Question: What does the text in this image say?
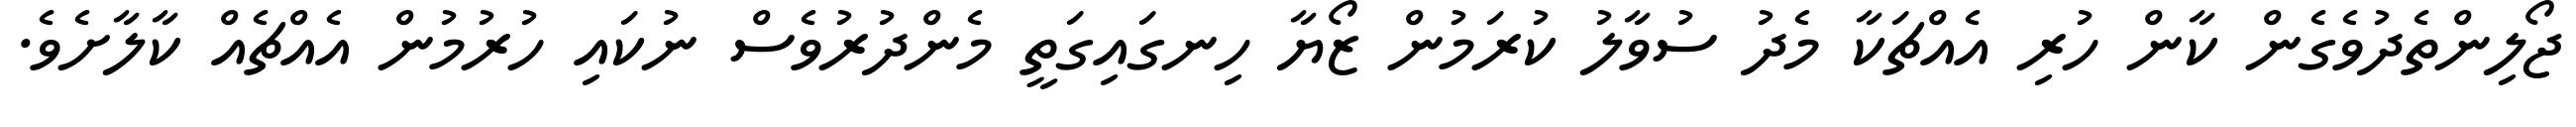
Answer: ޖޯލިންތެދުވެގެން ކާން ހުރި އެއްޗަކާ މެދު ސުވާލު ކުރަމުން ޒޯޔާ ހިނގައިގަތީ މެންދުރުވެސް ނުކައި ހުރުމުން އެއްޗެއް ކާލާށެވެ.